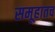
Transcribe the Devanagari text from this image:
समूहातच